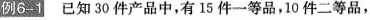
例6-1已知30件产品中，有15件一等品，10件二等品，